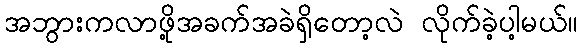
အဘွားကလာဖို့အခက်အခဲရှိတော့လဲ လိုက်ခဲ့ပါ့မယ်။